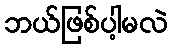
ဘယ်ဖြစ်ပါ့မလဲ